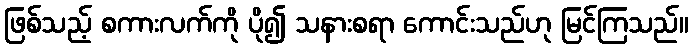
ဖြစ်သည့် စကားလက်ကို ပို၍ သနားစရာ ကောင်းသည်ဟု မြင်ကြသည်။